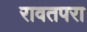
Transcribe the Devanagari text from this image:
रावतपरा